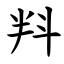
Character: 㪵